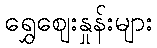
ရွှေဈေးနှုန်းများ